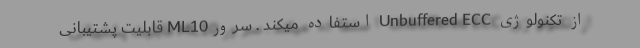
از تکنولوژی Unbuffered ECC استفاده میکند . سرورML10 قابلیت پشتیبانی